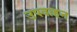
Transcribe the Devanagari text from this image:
उपवाहन